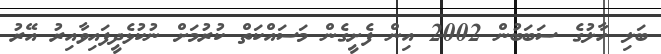
ބަލި ހާލުގެ ސަބަބުން 2002 އިން ފެށީގެން މަސައްކަތް ކުރުމަށް ނުކުޅެދީފައިވާއިރު އޭރު